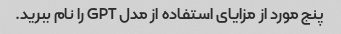
پنج مورد از مزایای استفاده از مدل GPT را نام ببرید.